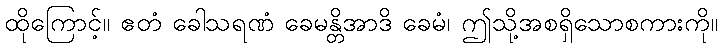
ထိုကြောင့်။ ဧတံ ခေါသရဏံ ခေမန္တိအာဒိ ခေမံ၊ ဤသို့အစရှိသောစကားကို။